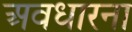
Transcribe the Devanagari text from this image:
अवधारना